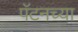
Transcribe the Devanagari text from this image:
पॅटनच्या